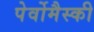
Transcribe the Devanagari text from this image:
पेर्वोमैस्की